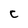
Character: C